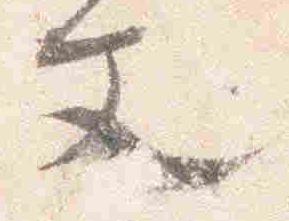
文